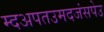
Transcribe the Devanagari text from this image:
म्दअपतउमदजंसपेउ